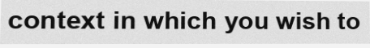
context in which you wish to